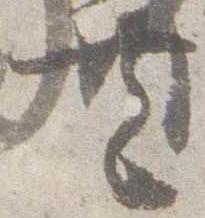
共